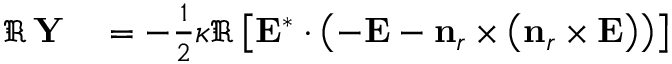
\begin{array} { r l } { \Re \, \mathbf { Y } } & { { } = - \frac { 1 } { 2 } \boldsymbol { \kappa } \Re \left[ \mathbf { E } ^ { * } \cdot \left( - \mathbf { E } - \mathbf { n } _ { r } \times \left( \mathbf { n } _ { r } \times \mathbf { E } \right) \right) \right] } \end{array}